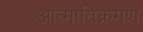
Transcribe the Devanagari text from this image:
आत्मातिक्रमण